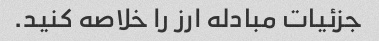
جزئیات مبادله ارز را خلاصه کنید.